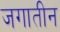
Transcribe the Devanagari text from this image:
जगातीन